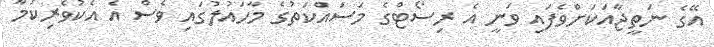
އޭގެ ނަތީޖާއަކަށްވެފައި ވަނީ އެ ރިސޯޓްގެ މަސައްކަތުގެ މާހައުލުގައި ވެސް އެ އެކުވެރިކަމާ